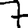
Digit: 7